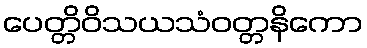
ပေတ္တိဝိသယသံဝတ္တနိကော